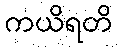
ကယိရတိ